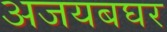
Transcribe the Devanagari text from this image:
अजयबघर